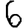
Digit: 6